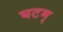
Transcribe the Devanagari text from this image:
घटम्